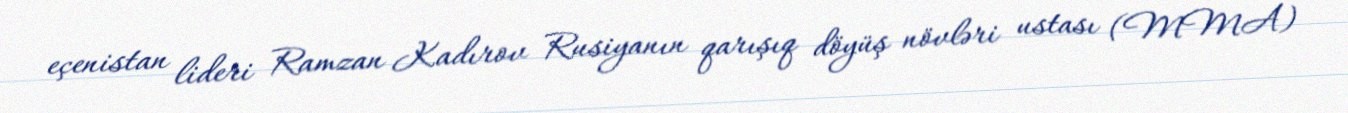
eçenistan lideri Ramzan Kadırov Rusiyanın qarışıq döyüş növləri ustası (MMA)